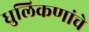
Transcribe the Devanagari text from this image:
धुलिकणांचे